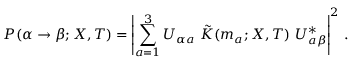
P ( \alpha \rightarrow \beta ; X , T ) = \left| \sum _ { a = 1 } ^ { 3 } U _ { \alpha a } \ \tilde { K } ( m _ { a } ; X , T ) \ U _ { a \beta } ^ { * } \right| ^ { 2 } \, .